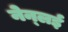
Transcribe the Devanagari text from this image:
नेन्लई